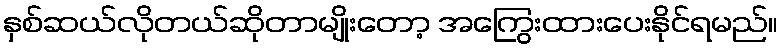
နှစ်ဆယ်လိုတယ်ဆိုတာမျိုးတော့ အကြွေးထားပေးနိုင်ရမည်။